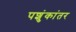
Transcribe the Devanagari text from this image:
पशुंकांतर